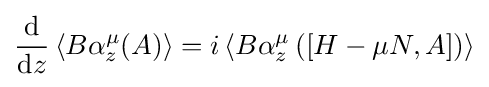
{\frac {\mathrm {d} }{\mathrm {d} z}}\left\langle B\alpha _{z}^{\mu }(A)\right\rangle =i\left\langle B\alpha _{z}^{\mu }\left(\left[H-\mu N,A\right]\right)\right\rangle